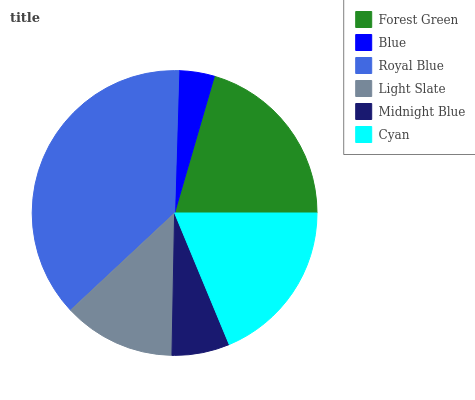
| Forest Green | Blue | Royal Blue | Light Slate | Midnight Blue | Cyan |
 | --- | --- | --- | --- | --- | --- |
 | 20.5% | 4.02% | 37.4% | 12.7% | 6.55% | 18.8% |